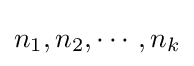
n_{1},n_{2},\cdots ,n_{k}